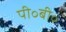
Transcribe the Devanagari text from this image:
पी॰बी॰